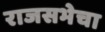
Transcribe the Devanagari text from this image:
राजसभेचा